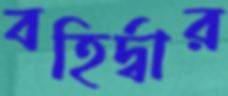
বহির্দ্বার